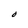
Character: O